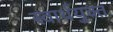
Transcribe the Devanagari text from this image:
स्वार्थयुक्त